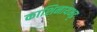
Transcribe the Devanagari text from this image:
काशिनाथभट्ट